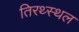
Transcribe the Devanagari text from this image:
तिरथ्स्थल